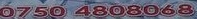
0750 4808068